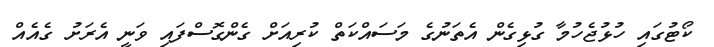
ކޯޓުގައި ހުޅުޖެހުމާ ގުޅިގެން އެތަނުގެ މަސައްކަތް ކުރިއަށް ގެންގޮސްފައި ވަނީ އެރަށު ގެއެއް